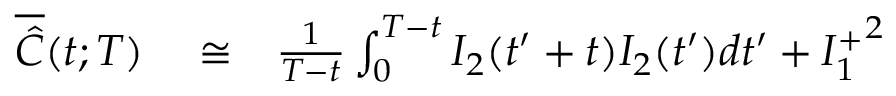
\begin{array} { r l r } { \overline { { \hat { C } } } ( t ; T ) } & { { } \cong } & { \frac { 1 } { T - t } \int _ { 0 } ^ { T - t } I _ { 2 } ( t ^ { \prime } + t ) I _ { 2 } ( t ^ { \prime } ) d t ^ { \prime } + { I _ { 1 } ^ { + } } ^ { 2 } } \end{array}